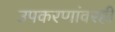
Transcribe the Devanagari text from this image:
उपकरणांवरही